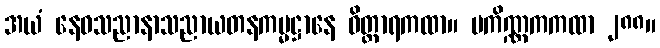
အယံ နေဝသညာနာသညာယတနကမ္မဋ္ဌာနေ ဝိတ္ထာရကထာ။ ပကိဏ္ဏကကထာ ၂၈၈။